Lunatic asylums Burma 1907-21 - 1907-1921
Year: 1907
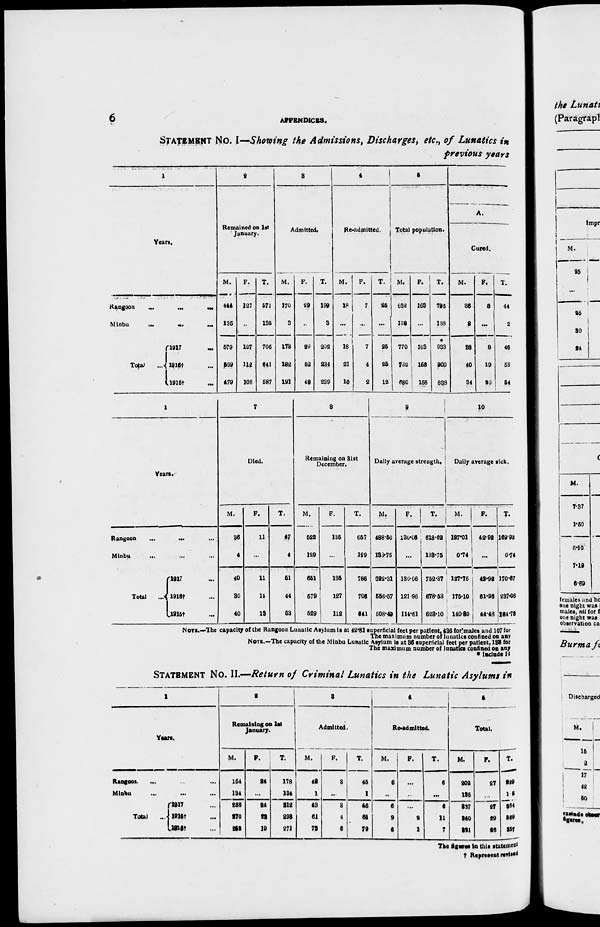
6
APPENDICES.
STATEMENT No. I—Showing the Admissions, Discharges, etc., of Lunatics in
previous years.
1
Years.
Rangoon
...
...
...
Minbu
...
...
...
Total
...
1917
...
1916† ...
1915† ...
2
Remained on 1st
January.
M.
444
135
579
529
479
F.
127
...
127
112
108
T.
571
135
706
641
587
3
Admitted.
M.
170
3
173
182
191
F.
29
...
29
52
48
T.
199
3
202
234
239
4
Re-admitted.
M.
18
...
18
21
10
F.
7
...
7
4
2
T.
25
...
25
25
12
5
Total population.
M.
632
138
770
732
680
F.
163
...
168
168
158
T.
795
138
*
933
900
838
A.
Cured.
M.
36
2
38
40
34
F.
8
...
8
19
20
T.
44
2
46
59
54
1
Years.
Rangoon
...
...
...
Minbu ... ... ...
Total ...
1917 ...
1916† ...
1915† ...
7
Died.
M.
36
4
40
30
40
F.
11
...
11
14
13
T.
47
4
51
44
53
8
Remaining on 31st
December.
M.
522
129
651
579
529
F.
135
...
135
127
112
T.
657
129
786
706
641
9
Daily average strength.
M.
488.56
133.75
622.31
556.57
508.49
F.
130.06
...
130.06
121.96
114.61
T.
618.62
133.75
752.37
678.53
623.10
10
Daily average sick.
M.
127.01
0.74
127.75
175.10
140.80
F.
42.92
...
42.92
61.96
44.48
T.
169.93
0.74
170.67
287.06
184.78
NOTE.—The capacity of the Rangoon Lunatic Asylum is at 42.81 superficial feet per patient, 436 for males and 107 for
The maximum number of lunatics confined on any
NOTE.—The capacity of the Minbu Lunatic Asylum is at 36 superficial feet per patient, 133 for
The maximum number of lunatics confined on any
* Include 14
STATEMENT No. II.—Return of Criminal Lunatics in the Lunatic Asylums in
1
Years.
Rangoon ... ... ...
Minbu ... ... ...
Total ...
1917 ...
1916† ...
1915† ...
2
Remaining on 1st
January.
M.
154
134
288
270
252
F.
24
...
24
23
19
T.
178
134
312
293
271
3
Admitted.
M.
42
1
43
61
73
F.
3
...
3
4
6
T.
45
1
46
65
79
4
Re-admitted.
M.
6
...
6
9
6
F.
...
...
...
2
1
T.
6
...
6
11
7
5
Total.
M.
202
135
337
340
331
F.
27
...
27
29
26
T.
229
135
364
369
357
The figures in this statement
† Represent revised